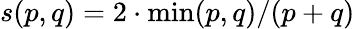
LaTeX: s(p,q)=2\cdot\operatorname*{min}(p,q)/(p+q)